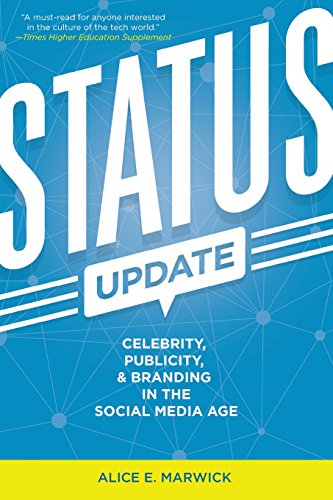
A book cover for Status Update: Celebrity, Publicity, and Branding in the Social Media Age; Alice E. Marwick; Computers & Technology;